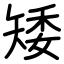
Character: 矮